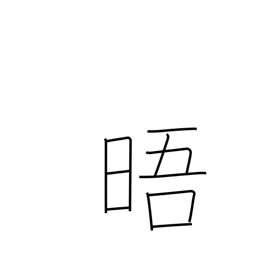
Meaning: clear